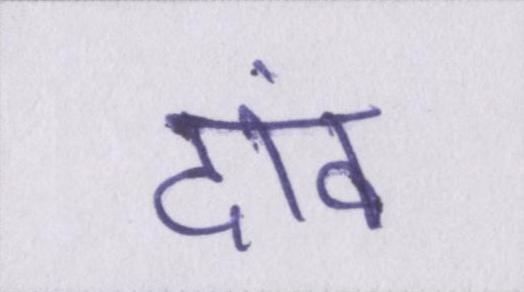
दांव